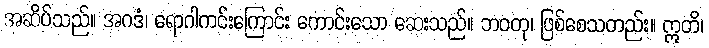
အဆိပ်သည်။ အဂဒံ၊ ရောဂါကင်းကြောင်း ကောင်းသော ဆေးသည်။ ဘဝတု၊ ဖြစ်စေသတည်း။ ဣတိ၊